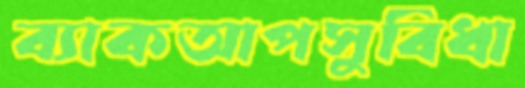
ব্যাকআপসুবিধা